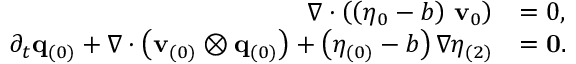
\begin{array} { r l } { \nabla \cdot \left( \left( \eta _ { 0 } - b \right) \, \mathbf { v } _ { 0 } \right) } & { = 0 , } \\ { \partial _ { t } \mathbf { q } _ { ( 0 ) } + \nabla \cdot \left( \mathbf { v } _ { ( 0 ) } \otimes \mathbf { q } _ { ( 0 ) } \right) + \left( \eta _ { ( 0 ) } - b \right) \nabla \eta _ { ( 2 ) } } & { = \mathbf { 0 } . } \end{array}